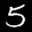
Label: 5